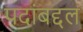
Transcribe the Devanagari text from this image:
पदांबद्दल